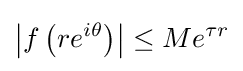
\left|f\left(re^{i\theta }\right)\right|\leq Me^{\tau r}